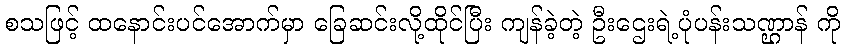
စသဖြင့် ထနောင်းပင်အောက်မှာ ခြေဆင်းလို့ထိုင်ပြီး ကျန်ခဲ့တဲ့ ဦးဌေးရဲ့ပုံပန်းသဏ္ဌာန် ကို